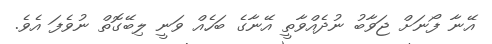
އޭނާ ފޯނަށް ޖަވާބު ނުދެއްވާތީ އޭނާގެ ބަހެއް ވަނީ ލިބޭގޮތް ނުވެފަ އެވެ.